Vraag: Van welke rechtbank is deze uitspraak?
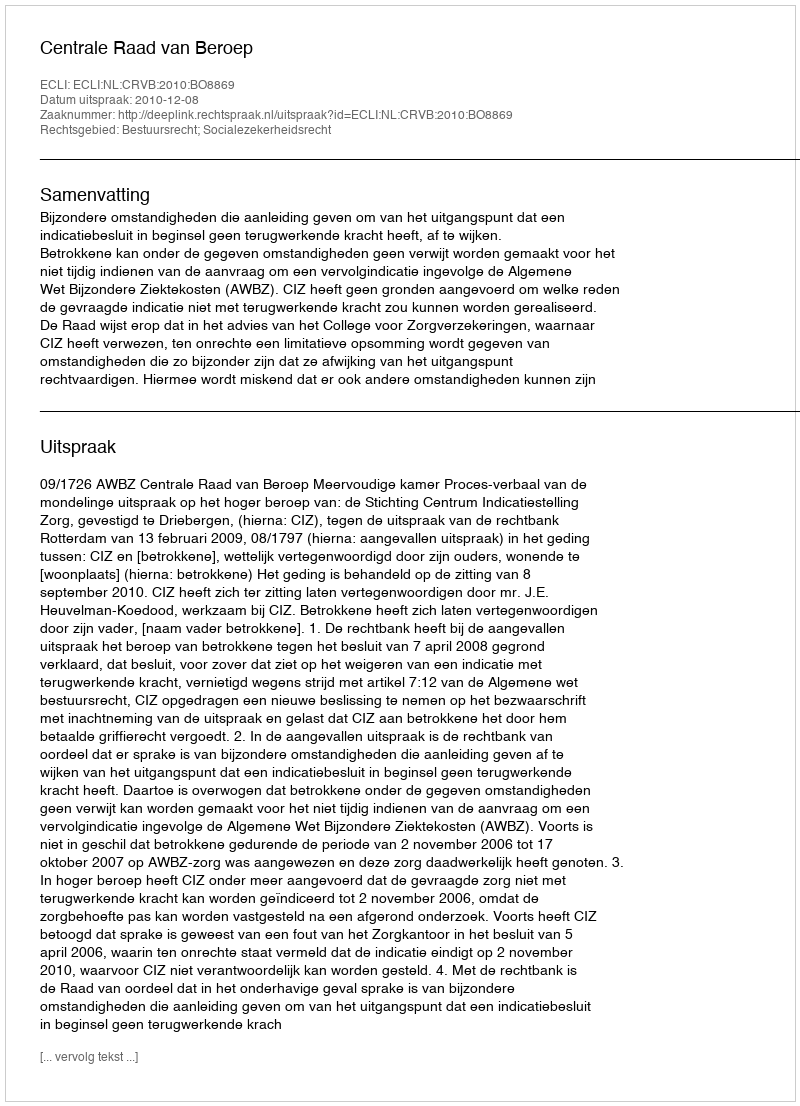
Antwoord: Centrale Raad van Beroep